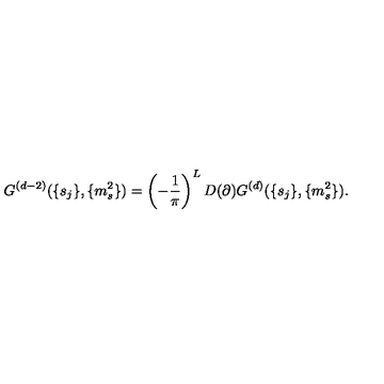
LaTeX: G ^ { ( d - 2 ) } ( \{ s _ { j } \} , \{ m _ { s } ^ { 2 } \} ) = \left( - \frac { 1 } { \pi } \right) ^ { L } D ( \partial ) G ^ { ( d ) } ( \{ s _ { j } \} , \{ m _ { s } ^ { 2 } \} ) .